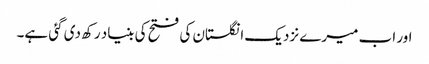
اور اب میرے نزدیک انگلستان کی فتح کی بنیاد رکھ دی گئی ہے۔